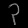
Digit: ၃